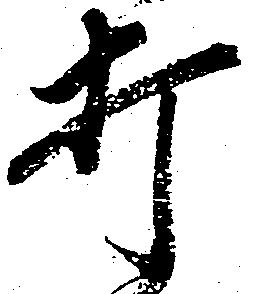
打